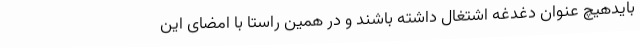
بایدهیچ عنوان دغدغه اشتغال داشته باشند و در همین راستا با امضای این